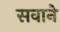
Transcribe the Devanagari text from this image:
सवाने